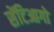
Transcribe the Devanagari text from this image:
सेंटिआगो